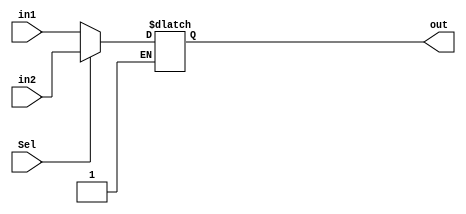
module mux5_2_1(in1,in2,Sel,out);

input[4:0]in1,in2;

input Sel;

output[4:0]out;

reg[4:0]out;


always@(*)
begin 

if(Sel)
   out<=in2;
	
else if(!Sel)
   out<=in1;


end


endmodule